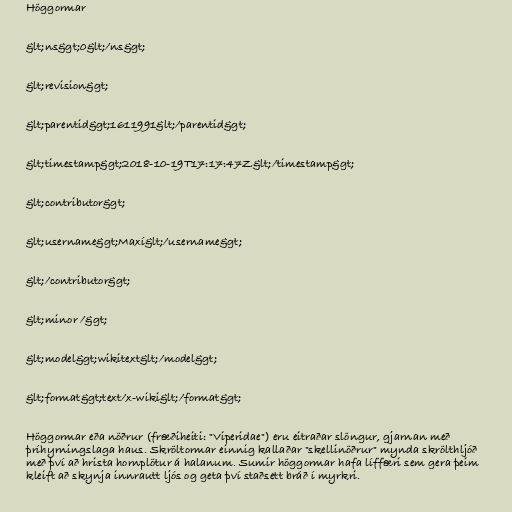
Höggormar

&lt;ns&gt;0&lt;/ns&gt;

&lt;revision&gt;

&lt;parentid&gt;1611991&lt;/parentid&gt;

&lt;timestamp&gt;2018-10-19T17:17:47Z&lt;/timestamp&gt;

&lt;contributor&gt;

&lt;username&gt;Maxí&lt;/username&gt;

&lt;/contributor&gt;

&lt;minor /&gt;

&lt;model&gt;wikitext&lt;/model&gt;

&lt;format&gt;text/x-wiki&lt;/format&gt;

Höggormar eða nöðrur (fræðiheiti: "Viperidae") eru eitraðar slöngur, gjarnan með
þríhyrningslaga haus. Skröltormar einnig kallaðar "skellinöðrur" mynda skrölthljóð
með því að hrista hornplötur á halanum. Sumir höggormar hafa líffæri sem gera þeim
kleift að skynja innrautt ljós og geta því staðsett bráð í myrkri.